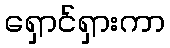
ရှောင်ရှားကာ